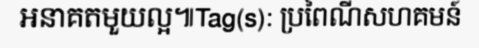
អនាគតមួយល្អ៕Tag(s): ប្រពៃណីសហគមន៍